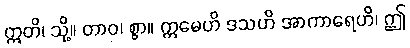
ဣတိ၊ သို့။ တာဝ၊ စွာ။ ဣမေဟိ ဒသဟိ အာကာရေဟိ၊ ဤ